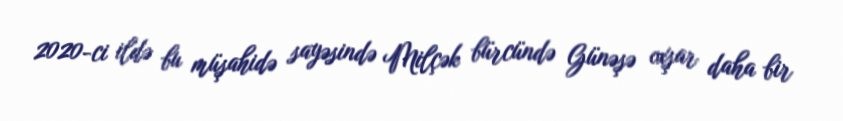
2020-ci ildə bu müşahidə sayəsində Milçək bürcündə Günəşə oxşar daha bir